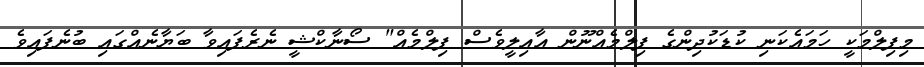
މިފިލްމަކީ ހަމައެކަނި ކުޑަކުދިންގެ ފިލްމެއްނޫން އާއިލީވެސް ފިލްމެއް" ސޯނާކްޝީ ނެރެފައިވާ ބަޔާނެއްގައި ބުނެފައިވެ